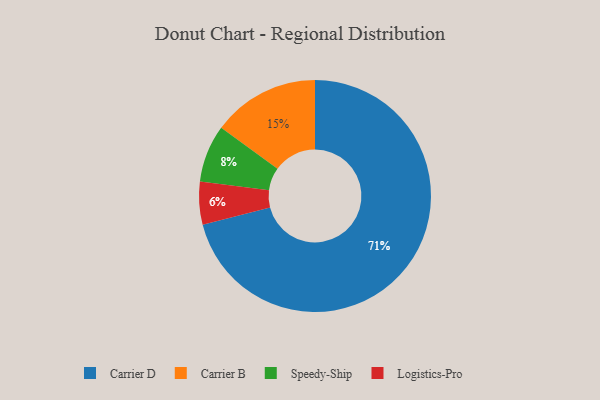
{"axis": {"x": "Category", "y": "Percentage"}, "legend": ["Carrier B", "Carrier D", "Logistics-Pro", "Speedy-Ship"], "data": [{"x": "Logistics-Pro", "y": 6, "type": "Logistics-Pro"}, {"x": "Carrier B", "y": 15, "type": "Carrier B"}, {"x": "Carrier D", "y": 71, "type": "Carrier D"}, {"x": "Speedy-Ship", "y": 8, "type": "Speedy-Ship"}]}